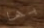
بها